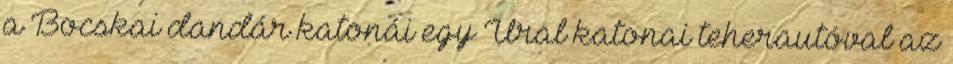
a Bocskai dandár katonái egy Ural katonai teherautóval az